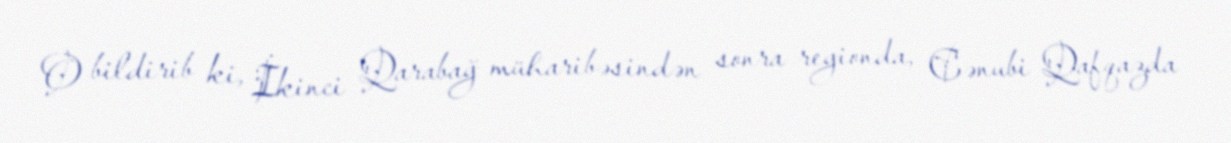
O bildirib ki, İkinci Qarabağ müharibəsindən sonra regionda, Cənubi Qafqazda